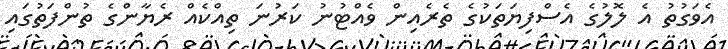
އެވަގުތު އެ ލޮލުގެ އެސްފިޔަތަކުގެ ތެރެއިން ވެއްޓުނު ކަރުނަ ތިއްކެއް ރެޔާންގެ ތުންފަތުގައި